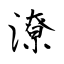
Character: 潦